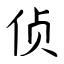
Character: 侦